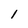
Character: 1